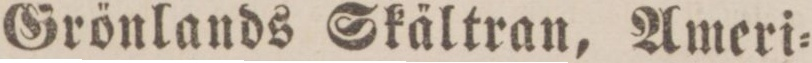
Grönlands Skältran, Ameri=